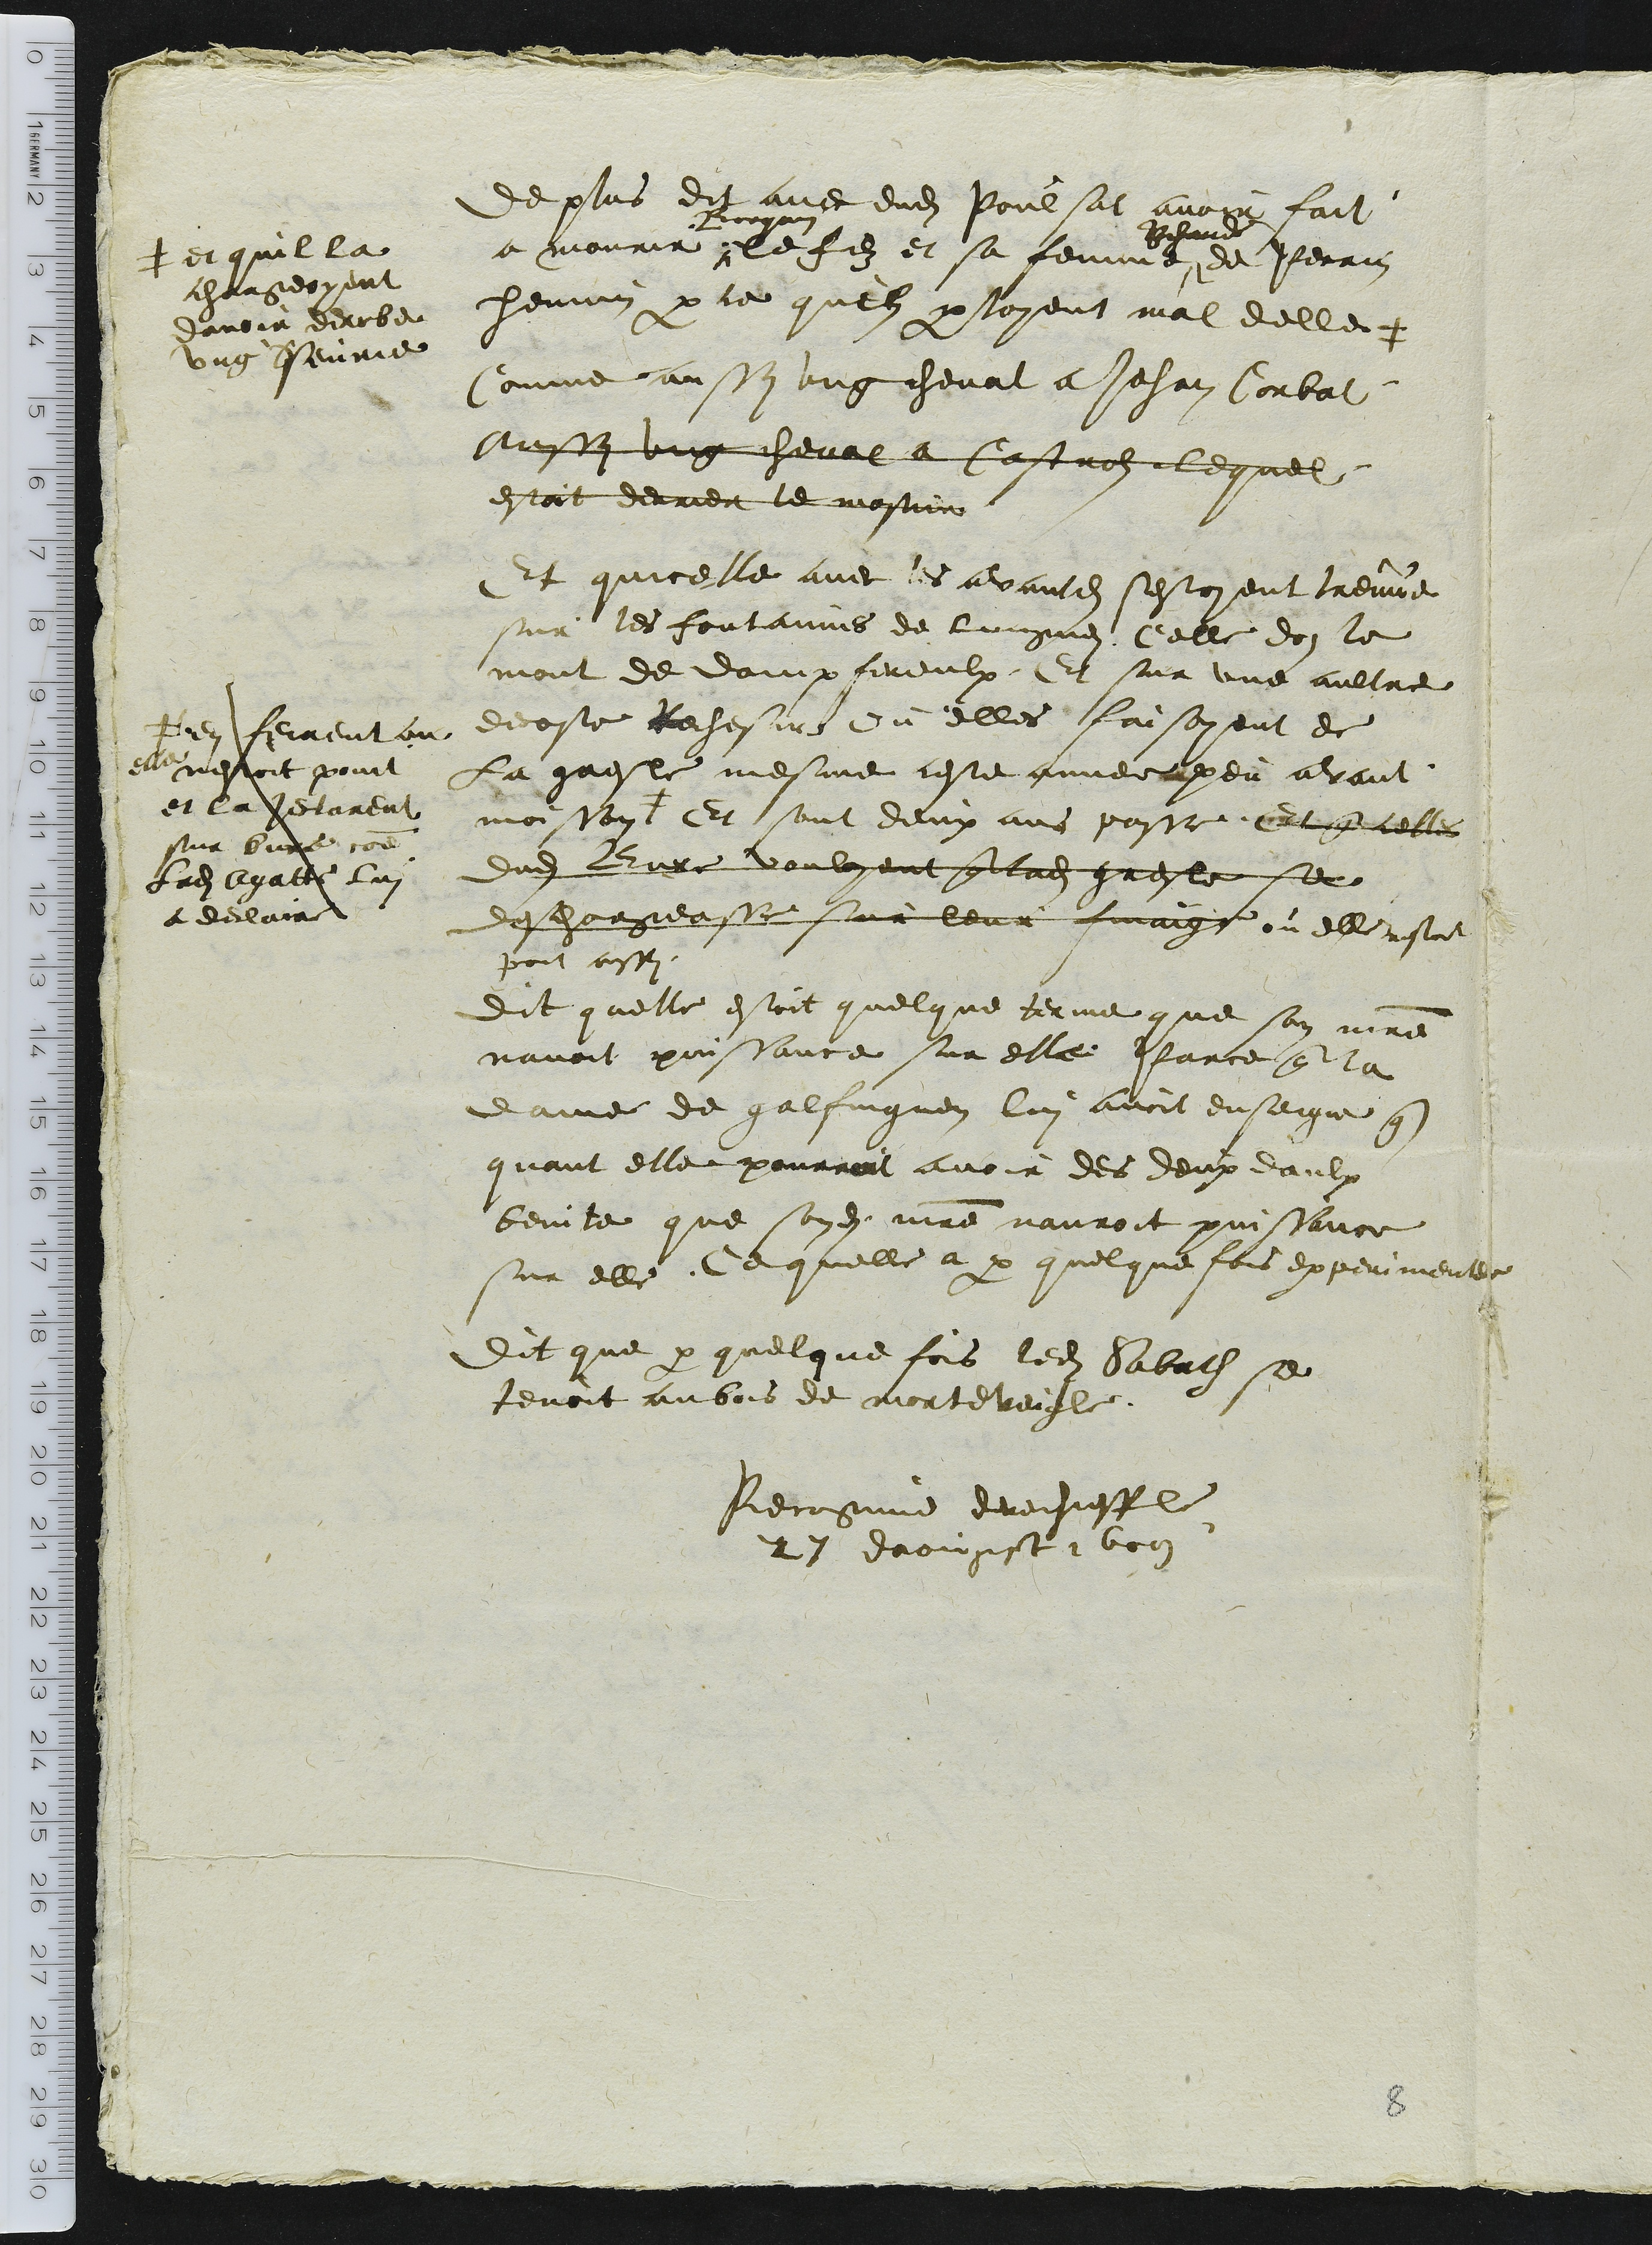
de plus dit avec dudit Poulsat avoir fait
a mourir
Borquin
le filz et sa femme
Richarde
et Perrin
hennin par ce quilz parloyent mal delle
+ et quil la
chargeoyent
davoir derobe
ung Speurie
Comme aussy ung cheval a Jehan Corbat
Aussy ung cheval a Castrols lequel
estoit derrier le mostier
Et quicelle avec les avantdites sestoyent treuve
sur les fontainnes de lungnei Celle doz le
mont de dampfereulx Et sur une aultre
decoste Rechesir Ou elles faisoyent de
La gresle mesme ceste annee peu avant
moison +
+ en feirent au
elle nestoit point
et la jetarent
sur bure comme
Ladite Agatte lui
a declaire
Et sont deux ans passe. Et que celles
dudit Bure vouloyent que ladite gresle se
deschergeasse sur leur finaige ou elle nestoit
point aussi
Dit quelle estoit quelque terme que son maitre
navoit puissance sur elle Parce que la
dame de galfinguen lui avoit enseigne que
quant elle pourrait avoir des deux daulx
benite que sondit maitre nauroit puissance
sur elle Ce quelle a par quelque fois experimentee
Dit que par quelque fois ledit Sabath se
tenoit au bois de morteveigle.
Recognuit derechieff le
27 daougst 1609